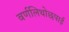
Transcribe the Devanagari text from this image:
वर्णलिथोछपाई